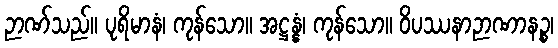
ဉာဏ်သည်။ ပုရိမာနံ၊ ကုန်သော။ အဋ္ဌန္နံ၊ ကုန်သော။ ဝိပဿနာဉာဏာနဉ္စ၊